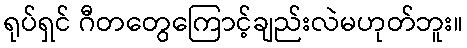
ရုပ်ရှင် ဂီတတွေကြောင့်ချည်းလဲမဟုတ်ဘူး။